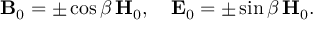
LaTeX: { \bf B } _ { 0 } = \pm \cos \beta \, { \bf H } _ { 0 } , \ \ \ { \bf E } _ { 0 } = \pm \sin \beta \, { \bf H } _ { 0 } .